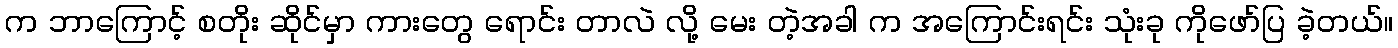
က ဘာကြောင့် စတိုး ဆိုင်မှာ ကားတွေ ရောင်း တာလဲ လို့ မေး တဲ့အခါ က အကြောင်းရင်း သုံးခု ကိုဖော်ပြ ခဲ့တယ်။